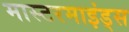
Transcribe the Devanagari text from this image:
मास्टरमाइंड्स